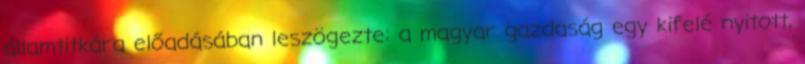
államtitkára előadásában leszögezte: a magyar gazdaság egy kifelé nyitott,